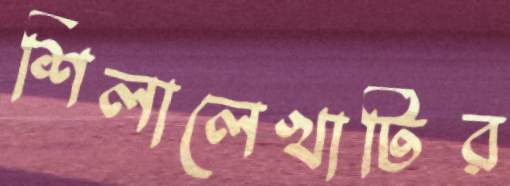
শিলালেখাটির